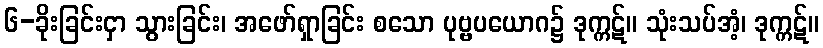
၆-ခိုးခြင်းငှာ သွားခြင်း၊ အဖော်ရှာခြင်း စသော ပုဗ္ဗပယောဂ၌ ဒုက္ကဋ်။ သုံးသပ်အံ့၊ ဒုက္ကဋ်။